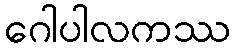
ဂေါပါလကဿ